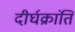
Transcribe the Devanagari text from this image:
दीर्घक्रांति